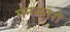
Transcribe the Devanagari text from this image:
मनवतरों